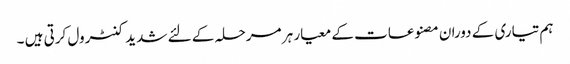
ہم تیاری کے دوران مصنوعات کے معیار ہر مرحلہ کے لئے شدید کنٹرول کرتی ہیں ۔